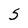
Character: 5